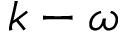
k - \omega